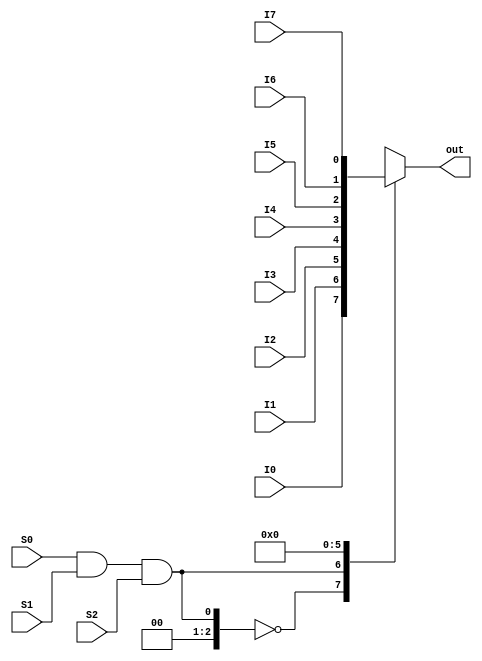
`timescale 1ns / 1ps
//////////////////////////////////////////////////////////////////////////////////
// Company: 
// Engineer: 
// 
// Design Name: 
// Module Name: mux_8to1
// Project Name: 
// Target Devices: 
// Tool Versions: 
// Description: 
// 
// Dependencies: 
// 
// Revision:
// Revision 0.01 - File Created
// Additional Comments:
// 
//////////////////////////////////////////////////////////////////////////////////

module m81(out, I0, I1, I2, I3, I4, I5, I6, I7, S0, S1, S2);
input wire I0, I1, I2, I3, I4, I5, I6, I7, S0, S1, S2;
output reg out;
always@(*)
begin
case(S0 & S1 & S2)
3'b000: out=I0;
3'b001: out=I1;
3'b010: out=I2;
3'b011: out=I3;
3'b100: out=I4;
3'b101: out=I5;
3'b110: out=I6;
3'b111: out=I7;
default: out=1'b0;
endcase
end

endmodule